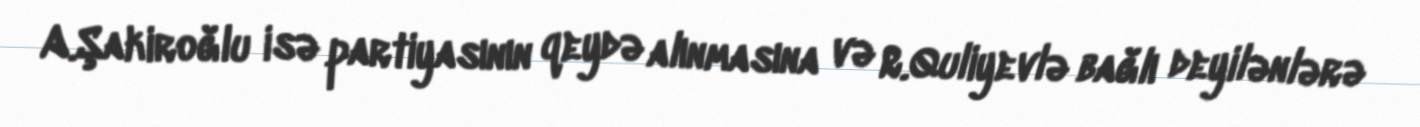
A.Şakiroğlu isə partiyasının qeydə alınmasına və R.Quliyevlə bağlı deyilənlərə